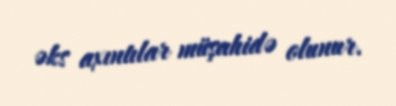
əks axıntılar müşahidə olunur.